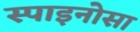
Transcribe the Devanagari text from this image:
स्पाइनोसा